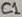
Text: C1